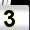
Digit: 3